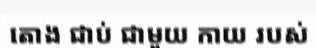
តោង ជាប់ ជាមួយ កាយ របស់